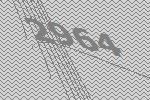
2964